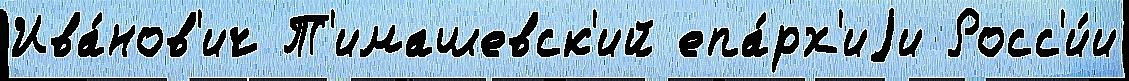
Ива́нов'ич Т'имашевск'ий епа́рх'иjи Росс'и́и